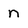
Character: n